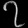
Digit: ၇